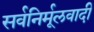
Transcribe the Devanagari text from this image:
सर्वनिर्मूलवादी